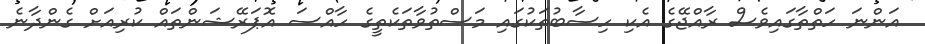
އަންނަ ހަތްތާގައިވެސް ރާއްޖޭގެ އެކި ހިސާބުތަކުގައި މަސްތުވާތަކެތީގެ ހާއްސަ އޮޕަރޭޝަންތައް ކުރިއަށް ގެންދާނެ